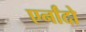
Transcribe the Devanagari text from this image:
एर्नांदो